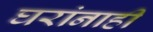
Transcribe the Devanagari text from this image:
घरांनाही